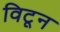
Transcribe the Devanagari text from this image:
विटून